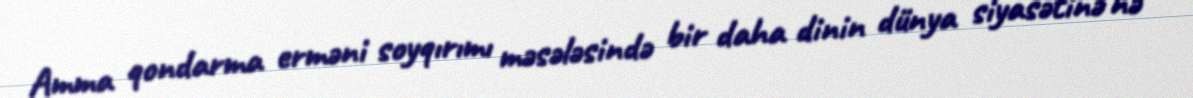
Amma qondarma erməni soyqırımı məsələsində bir daha dinin dünya siyasətinə nə